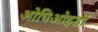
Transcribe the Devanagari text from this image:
ओपिओइडों